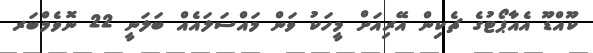
ކޫއްޑޫ އެއާޕޯޓުގެ ޗެކިން އޭރިއަށް މީހަކު ވަން މައްސަލައެއް ބަލަނީ 22 ނޮވެމްބަރ